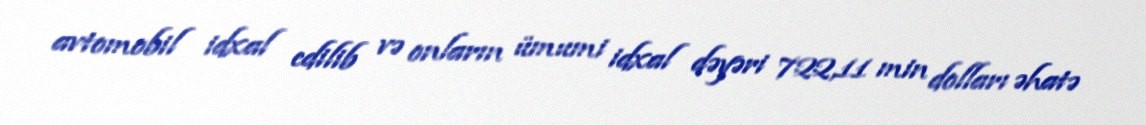
avtomobil idxal edilib və onların ümumi idxal dəyəri 722,11 min dolları əhatə